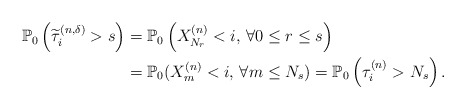
\begin{align*}\begin{aligned} \mathbb{P}_0\left(\widetilde{\tau}^{(n,\delta)}_i>s\right)&=\mathbb{P}_0\left(X_{N_r}^{(n)}<i,\,\forall 0\le r\le s\right)\\ &=\mathbb{P}_0(X_m^{(n)}<i,\,\forall m\le N_s)=\mathbb{P}_0\left(\tau^{(n)}_i>N_s\right).\end{aligned}\end{align*}